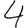
Digit: 4